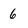
Character: 6